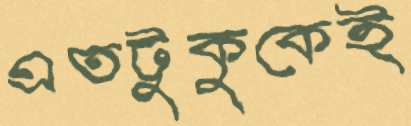
এতটুকুকেই